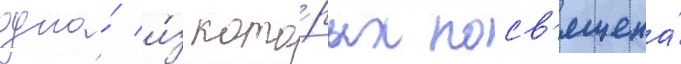
одна́ и́з кото́рых посв'ящена́